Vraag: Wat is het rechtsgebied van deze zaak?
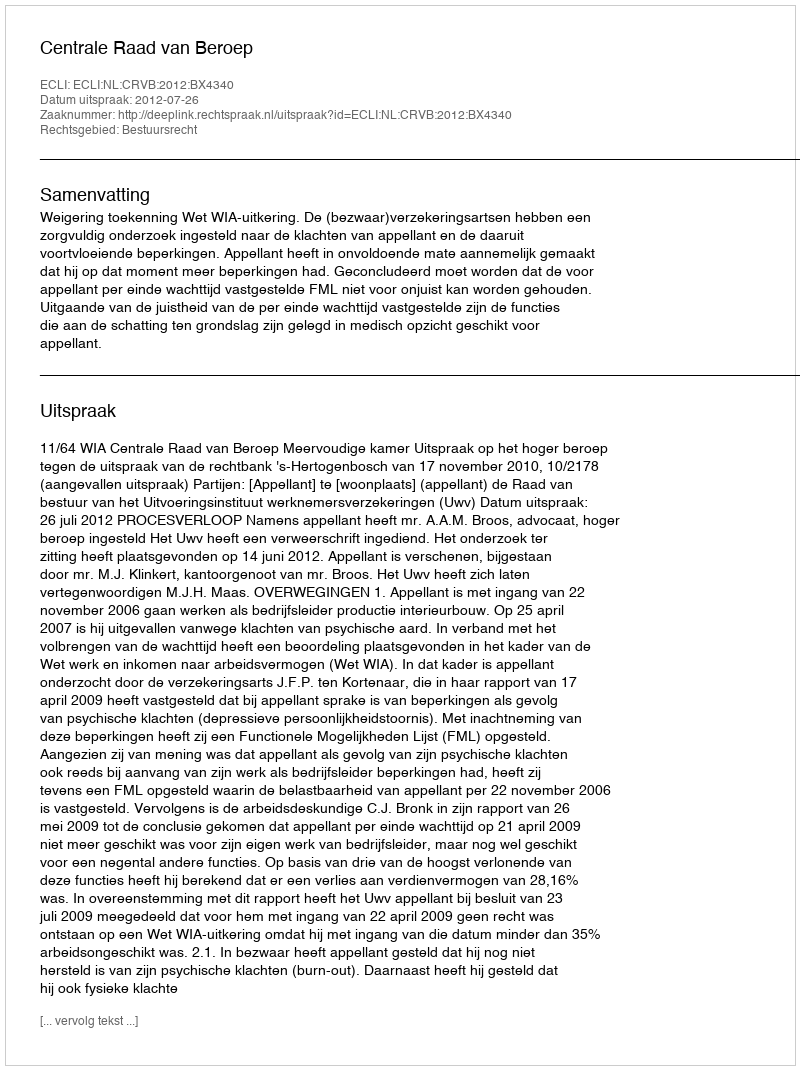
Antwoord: Bestuursrecht